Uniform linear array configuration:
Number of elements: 48
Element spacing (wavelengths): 0.75
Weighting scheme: hamming
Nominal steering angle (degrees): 45
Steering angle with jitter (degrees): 45.692
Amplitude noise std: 0.05
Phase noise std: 0.05

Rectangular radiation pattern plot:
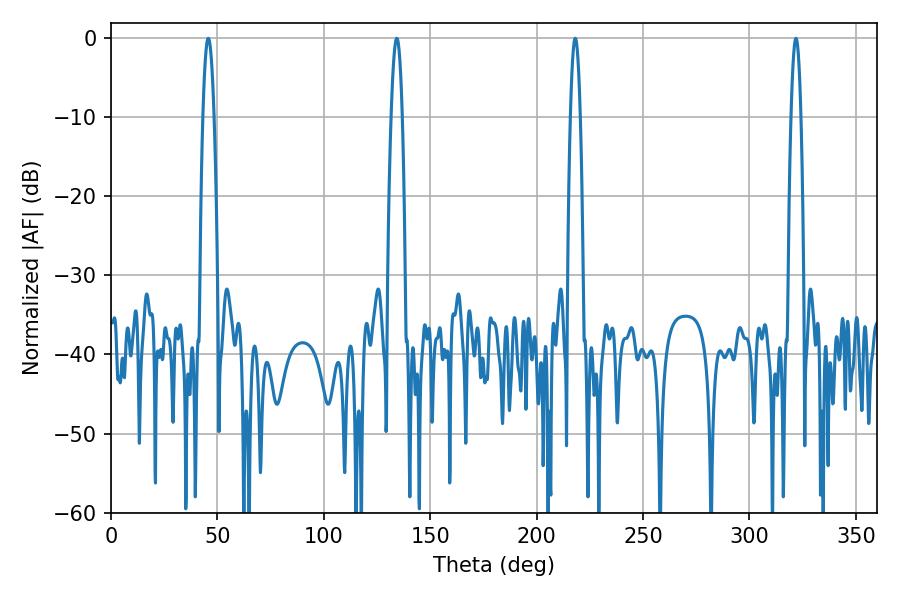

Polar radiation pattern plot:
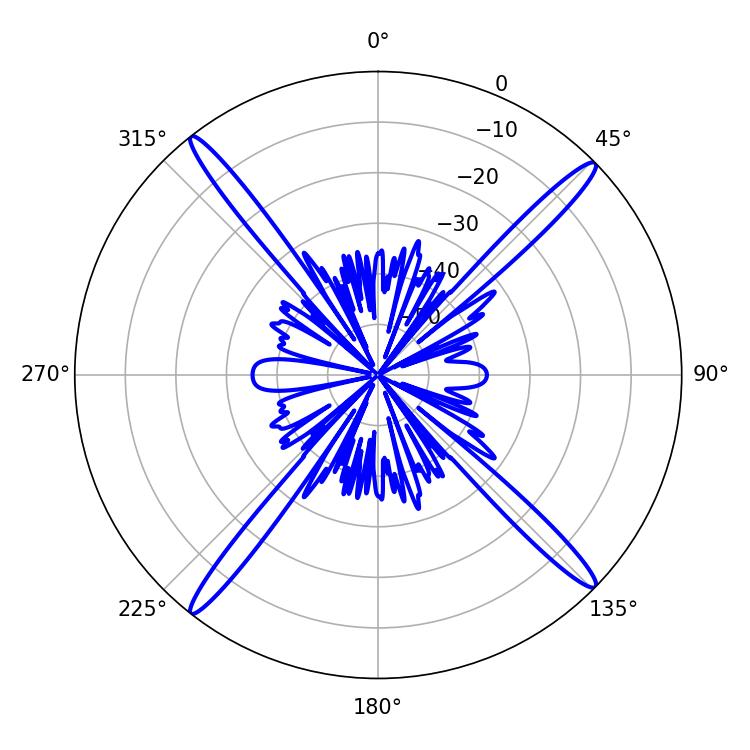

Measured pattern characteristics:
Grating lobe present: TRUE
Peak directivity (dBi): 20.355
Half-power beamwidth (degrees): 2.88
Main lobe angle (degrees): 45.72